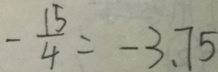
- \frac { 1 5 } { 4 } = - 3 . 7 5